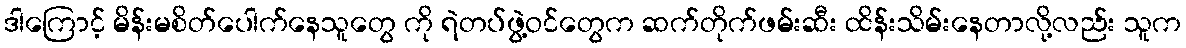
ဒါကြောင့် မိန်းမစိတ်ပေါက်နေသူတွေ ကို ရဲတပ်ဖွဲ့ဝင်တွေက ဆက်တိုက်ဖမ်းဆီး ထိန်းသိမ်းနေတာလို့လည်း သူက